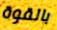
بالقوة